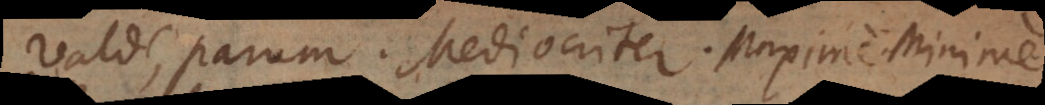
Valde. Parum. Mediocriter. Satis. Nimis.